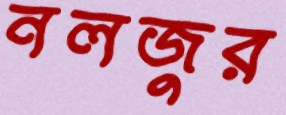
নলজুর